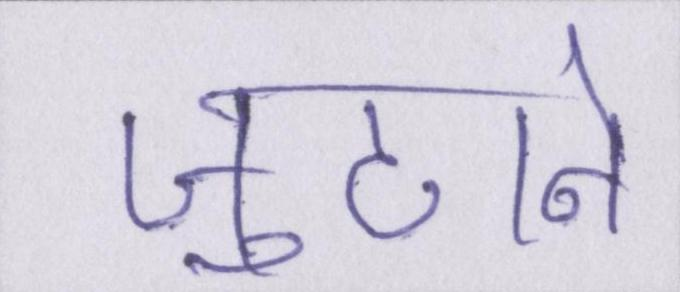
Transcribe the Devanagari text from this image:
जुटाने